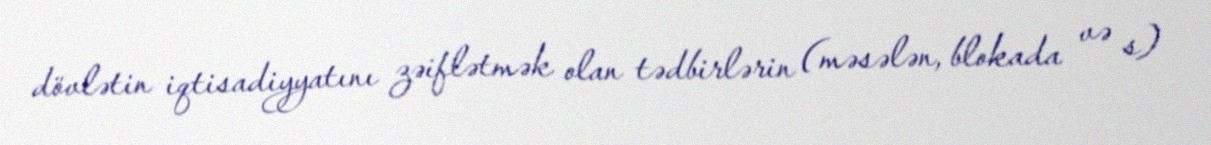
dövlətin iqtisadiyyatını zəiflətmək olan tədbirlərin (məsələn, blokada və s)